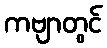
ကဗျာတွင်